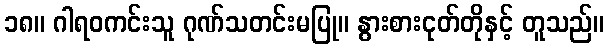
၁၈။ ဂါရဝကင်းသူ ဂုဏ်သတင်းမပြု။ နွားစားငုတ်တိုနှင့် တူသည်။